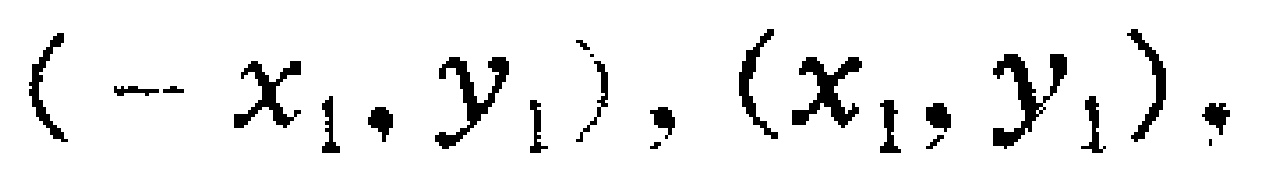
$(-x_1,y_1),(x_1,y_1),$